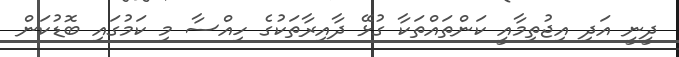
ދީނީ އަދި އިޖުތިމާއީ ކަންތައްތަކާ ގުޅޭ ދާއިރާތަކުގެ ހިއްސާ މި ކަމުގައި ބޮޑުކަން